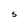
Character: S